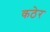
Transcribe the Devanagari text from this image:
कठेर